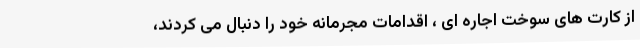
از کارت های سوخت اجاره ای ، اقدامات مجرمانه خود را دنبال می کردند،